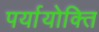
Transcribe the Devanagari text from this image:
पर्यायोक्ति